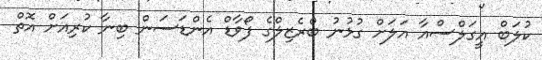
ކުލަބް އީގަލްސްއާ އަލަށް ގުޅުނު ބްރެޒިލްގެ ފޯވާޑް އެންޑަސަން ބިނާ ކުރިއަށް އޮތް